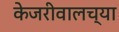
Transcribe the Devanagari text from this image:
केजरीवालच्या